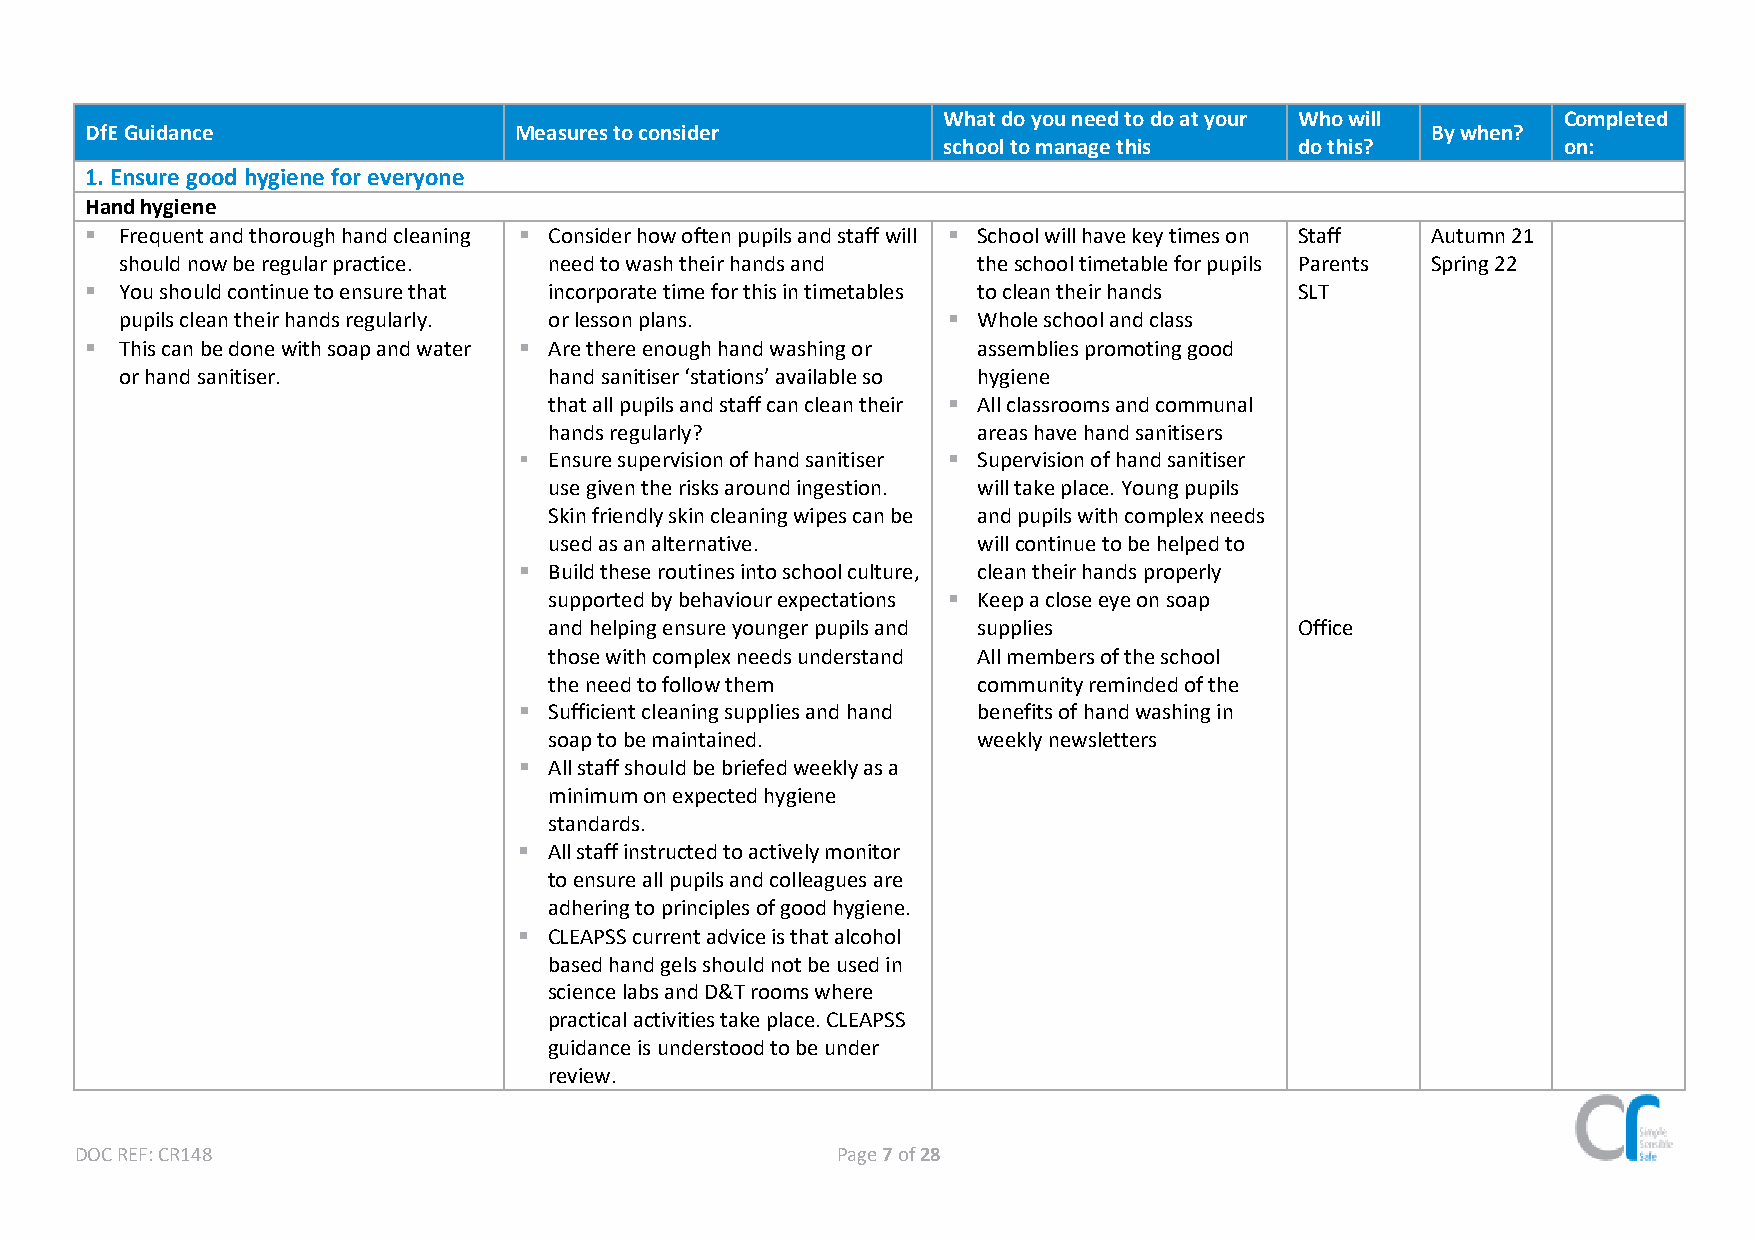
What do you need to do at your Who will  Completed
 DfE Guidance                Measures to consider                                         By when?
 school to manage this   do this?         on:
 1. Ensure good hygiene for everyone
 Hand hygiene
 ▪ Frequent and thorough hand cleaning ▪ Consider how often pupils and staff will ▪ School will have key times on Staff Autumn 21
 should now be regular practice. need to wash their hands and the school timetable for pupils Parents Spring 22
 ▪ You should continue to ensure that incorporate time for this in timetables to clean their hands SLT
 pupils clean their hands regularly. or lesson plans.   ▪ Whole school and class
 ▪ This can be done with soap and water ▪ Are there enough hand washing or assemblies promoting good
 or hand sanitiser.          hand sanitiser ‘stations’ available so hygiene
 that all pupils and staff can clean their ▪ All classrooms and communal
 hands regularly?             areas have hand sanitisers
 ▪ Ensure supervision of hand sanitiser ▪ Supervision of hand sanitiser
 use given the risks around ingestion. will take place. Young pupils
 Skin friendly skin cleaning wipes can be and pupils with complex needs
 used as an alternative.      will continue to be helped to
 ▪ Build these routines into school culture, clean their hands properly
 supported by behaviour expectations ▪ Keep a close eye on soap
 and helping ensure younger pupils and supplies    Office
 those with complex needs understand All members of the school
 the need to follow them      community reminded of the
 ▪ Sufficient cleaning supplies and hand benefits of hand washing in
 soap to be maintained.       weekly newsletters
 ▪ All staff should be briefed weekly as a
 minimum on expected hygiene
 standards.
 ▪ All staff instructed to actively monitor
 to ensure all pupils and colleagues are
 adhering to principles of good hygiene.
 ▪ CLEAPSS current advice is that alcohol
 based hand gels should not be used in
 science labs and D&T rooms where
 practical activities take place. CLEAPSS
 guidance is understood to be under
 review.
 DOC REF: CR148                                    Page 7 of 28